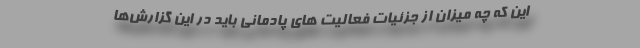
این که چه میزان از جزئیات فعالیت های پادمانی باید در این گزارش‌ها